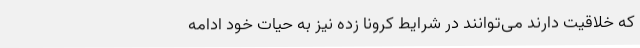
که خلاقیت دارند می‌توانند در شرایط کرونا زده نیز به حیات خود ادامه